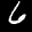
Label: 6